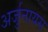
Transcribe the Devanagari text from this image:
अर्जुनायस